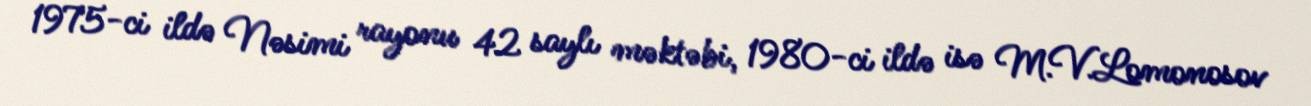
1975-ci ildə Nəsimi rayonu 42 saylı məktəbi, 1980-ci ildə isə M.V.Lomonosov